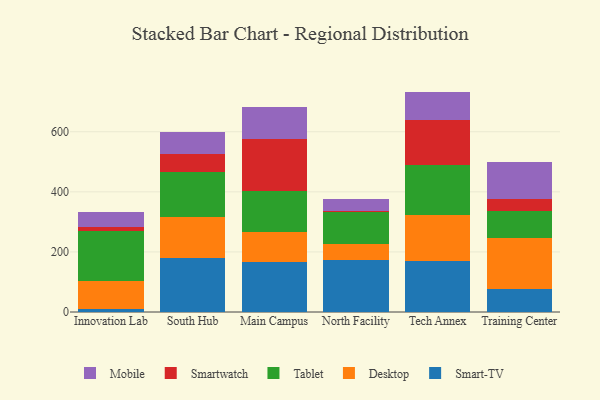
{"axis": {"x": "Campus", "y": "Market Share (%)"}, "legend": ["Desktop", "Mobile", "Smart-TV", "Smartwatch", "Tablet"], "data": [{"x": "Innovation Lab", "y": 9.5, "type": "Smart-TV"}, {"x": "Innovation Lab", "y": 94.0, "type": "Desktop"}, {"x": "Innovation Lab", "y": 166.9, "type": "Tablet"}, {"x": "Innovation Lab", "y": 13.2, "type": "Smartwatch"}, {"x": "Innovation Lab", "y": 48.0, "type": "Mobile"}, {"x": "South Hub", "y": 179.4, "type": "Smart-TV"}, {"x": "South Hub", "y": 138.0, "type": "Desktop"}, {"x": "South Hub", "y": 147.7, "type": "Tablet"}, {"x": "South Hub", "y": 60.1, "type": "Smartwatch"}, {"x": "South Hub", "y": 74.6, "type": "Mobile"}, {"x": "Main Campus", "y": 166.4, "type": "Smart-TV"}, {"x": "Main Campus", "y": 98.6, "type": "Desktop"}, {"x": "Main Campus", "y": 136.4, "type": "Tablet"}, {"x": "Main Campus", "y": 173.9, "type": "Smartwatch"}, {"x": "Main Campus", "y": 107.1, "type": "Mobile"}, {"x": "North Facility", "y": 171.5, "type": "Smart-TV"}, {"x": "North Facility", "y": 55.4, "type": "Desktop"}, {"x": "North Facility", "y": 104.7, "type": "Tablet"}, {"x": "North Facility", "y": 6.0, "type": "Smartwatch"}, {"x": "North Facility", "y": 37.9, "type": "Mobile"}, {"x": "Tech Annex", "y": 168.2, "type": "Smart-TV"}, {"x": "Tech Annex", "y": 153.2, "type": "Desktop"}, {"x": "Tech Annex", "y": 167.7, "type": "Tablet"}, {"x": "Tech Annex", "y": 150.8, "type": "Smartwatch"}, {"x": "Tech Annex", "y": 93.8, "type": "Mobile"}, {"x": "Training Center", "y": 76.8, "type": "Smart-TV"}, {"x": "Training Center", "y": 168.5, "type": "Desktop"}, {"x": "Training Center", "y": 91.9, "type": "Tablet"}, {"x": "Training Center", "y": 39.4, "type": "Smartwatch"}, {"x": "Training Center", "y": 123.5, "type": "Mobile"}]}